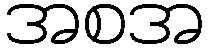
အစအ